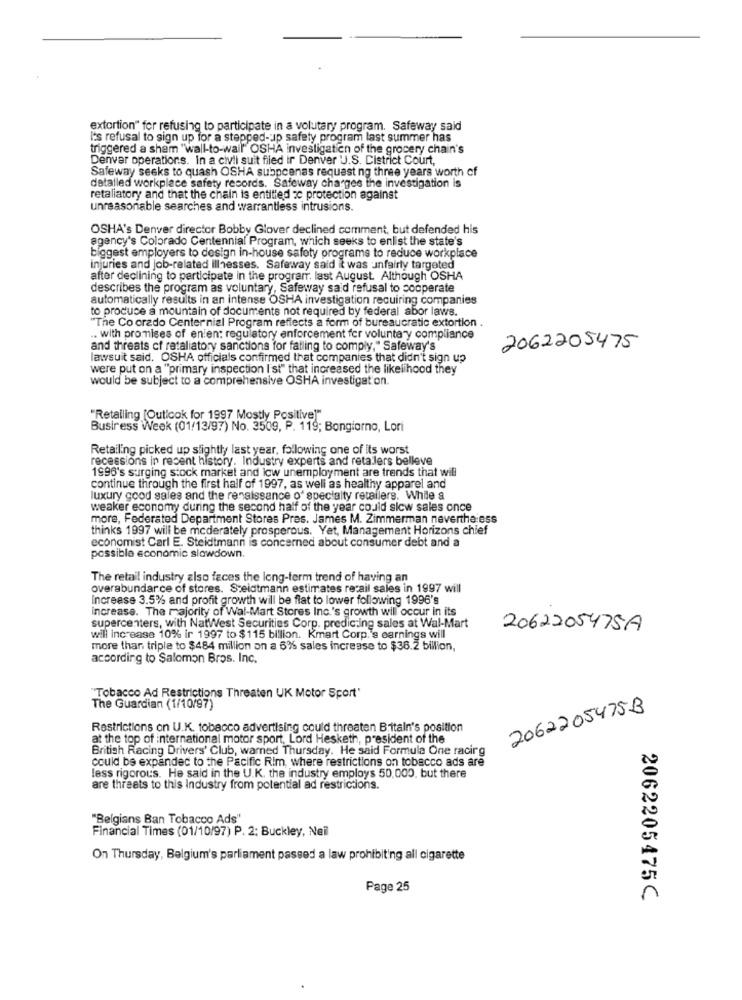
extortion" for refusing to participate in a volutary program. Safeway said
I's refusal to sign up for a stepped-up safety program last summer has
triggered a sham "wall-to-wail" OSHA investigation of the grocery chain's
Denvar operations. in a civil suit filed ir Denver U.S. District Court,
Safeway seeks to quash OSHA subpcenas request ng three years worth of
detalled workplace safety records. Safeway charges the investigation is
retaliatory and that the chain is entitled cc protection against
unreasonable searches and warrantless intrusions.
OSHA's Denver director Bobby Glover declined comment, but defended his
agency's Colorado Centennial Program, which seeks to enlist the state's
biggest employers to design in-house safety programs to reduce workplace
injuries and job-related illnesses. Safeway said it was :unfairly targeted
after declining to participate in the program. last August. Although OSHA
describes the program as voluntary, Safeway said refusal to cooperate
automatically results in an intense OSHA investigation requiring companies
to produce a mountain of documents not required by federal abor laws.
"The Co credo Center nial Program reflects a form of bureaucratic extortion .
.. with promises of enien: regulatory enforcement fer voluntary compliance
and threats cf retaliatory sanctions for failing to comply," Safeway's
2062205475
lawsuit said. OSHA officials confirmed that companies that didn't sign up
were put on a "primary inspection I'st" that increased the likelihood they
would be subject to a comprehensive OSHA investigation.
"Retailing [Outicok for 1997 Mostly Positive]"
Business Week (01/13/97) No. 3509, P. 119; Bongiorno, Lori
Retailing picked up slightly last year, following one of its worst
recessions in recent history. Industry experts and retailers belleve
1996's surging stock market and low unemployment are trends that will
continue through the first half of 1997, as well as healthy apparel and
luxury good sales and the renaissance o' specialty retailers. While a
weaker economy during the second half of the year could slow sales once
more, Federated Department Stores Pres. James M. Zimmerman nevertheless
thinks 1997 will be moderately prosperous. Yet, Management Horizons chief
economist Carl E. Steidtmann is concerned about consumer debt and a
possible economic slowdown.
The retail industry also faces the long-term trend of having an
overabundance of stores. Steidtmann estimates retail sales in 1997 will
Increase 3.5% and profit growth will be flat to lower following 1996's
increase. The majority of Wal-Mart Stores Inc.'s growth will occur in its
supercenters, with NatWest Securities Corp. predicting sales at Wal-Mart
2062205475A
will increase 10% ir 1997 to $115 billion. Kmart Corp.'s earnings will
more than triple to $484 million on a 6% sales increase to $36.2 billion,
according to Salomon Bros. Inc.
"Tobacco Ad Restrictions Threaten UK Motor Sport"
The Guardian (1/10/97)
2062205475B
Restrictions on U.K. tobacco advertising could threaten Britain's position
at the top of international motor sport, Lord Hesketh, president of the
British Racing Drivers' Club, warned Thursday. He said Formula One racirg
could be expanded to the Pacific Rim, where restrictions on tobacco ads are
less rigorous. He said in the U.K. the industry employs 50,000, but there
are threats to this Industry from potential ad restrictions.
"Belgians Ban Tobacco Ads"
Financial Times (01/10/97) P. 2: Buckley, Neil
On Thursday, Belgium's parliament passed a law prohibiting all cigarette
Page 25
2062205475C